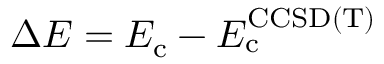
\Delta E = E _ { \mathrm { c } } - E _ { \mathrm { c } } ^ { \mathrm { C C S D ( T ) } }